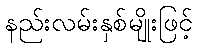
နည်းလမ်းနှစ်မျိုးဖြင့်